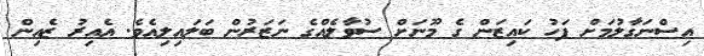
އިސްނަގާލުމަށް ފަހު ކައިޒަން ގެ މޫނަށް ސުވާލެއްގެ ނަޒަރުން ބަލައިލިއެވެ. އެއިރު ޒެއިން